Report on vaccination in Madras 1895-1903 - 1895-1903
Year: 1895
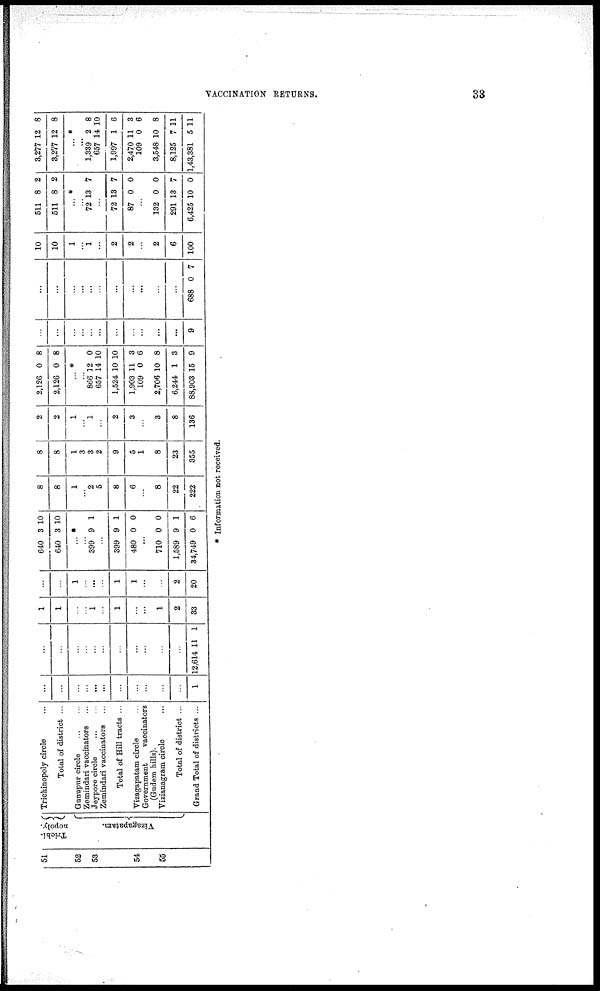
VACCINATION RETURNS.
33
51
52
53
54
55
Trichi¬
nopoly.
Vizagapatam.
Trichinopoly circle ...
Total of district ...
Gunupur circle
...
...
Zemindari vaccinators ...
Jeypore circle ... ...
Zemindari vaccinators ...
Total of Hill tracts ...
Vizagapatam circle ...
Government
vaccinators
(Gudem hills).
Vizianagram circle ...
Total of district ...
Grand Total of districts ...
...
...
...
...
...
...
...
...
...
...
...
1
...
...
...
...
...
...
...
...
...
...
...
12,614 11 1
1
1
...
...
1
...
1
...
...
1
2
33
...
...
1
...
...
...
1
1
...
...
2
20
640
640
3
3
10
10
...*
...
399 9 1
...
399
480
9
0
1
0
...
710
1,589
34,749
0
9
0
0
1
6
8
8
1
...
2
5
8
6
...
8
22
222
8
8
1
3
3
2
9
5
1
8
23
355
2
2
1
...
1
...
2
3
...
3
8
136
2,126
2,126
0
0
8
8
...*
...
866
657
1,524
1,903
109
2,706
6,244
88,903
12
14
10
11
0
10
1
15
0
10
10
3
6
8
3
9
...
...
...
...
...
...
...
...
...
...
...
9
...
...
...
...
...
...
...
...
...
...
...
688 0 7
10
10
1
...
1
...
2
2
...
2
6
100
511
511
8
8
2
2
...*
...
72 13 7
...
72
87
13
0
7
0
...
132
291
6,425
0
13
10
0
7
0
3,277
3,277
12
12
8
8
...*
...
1,339
657
1,997
2,470
109
3,548
8,125
1,43,381
2
14
1
11
0
10
7
5
8
10
6
3
6
8
11
11
* Information not received.